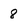
Character: 8